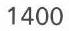
1400